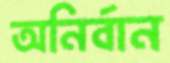
অনির্বান